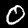
Label: 0